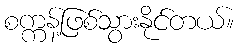
စက္ကန့်ဖြစ်သွားနိုင်တယ်။